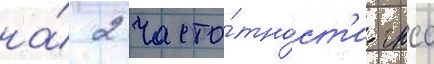
на́ 2 часто́тност'и гнсс